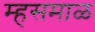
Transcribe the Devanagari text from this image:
म्हसमाळ